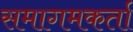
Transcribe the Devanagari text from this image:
समागमकर्ता